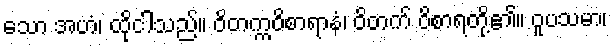
သော အဟံ၊ ထိုငါသည်။ ဝိတက္ကဝိစာရာနံ၊ ဝိတက် ဝိစာရတို့၏။ ဝူပသမာ၊